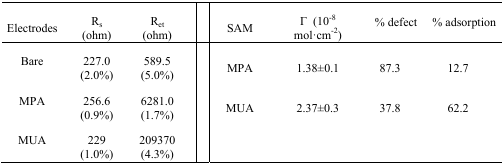
<table><thead><tr><td><b>Electrodes</b></td><td><b>R<sub>s</sub> (ohm)</b></td><td><b>R<sub>et</sub> (ohm)</b></td><td><b>SAM</b></td><td><b>Γ (10<sup>−8</sup> mol·cm<sup>−2</sup>)</b></td><td><b>% defect</b></td><td><b>% adsorption</b></td></tr></thead><tbody><tr><td>Bare</td><td>227.0 (2.0%)</td><td>589.5 (5.0%)</td><td>MPA</td><td>1.38±0.1</td><td>87.3</td><td>12.7</td></tr><tr><td>MPA</td><td>256.6 (0.9%)</td><td>6281.0 (1.7%)</td><td>MUA</td><td>2.37±0.3</td><td>37.8</td><td>62.2</td></tr><tr><td>MUA</td><td>229 (1.0%)</td><td>209370 (4.3%)</td><td>[EMPTY_CELL]</td><td>[EMPTY_CELL]</td><td>[EMPTY_CELL]</td><td>[EMPTY_CELL]</td></tr></tbody></table>